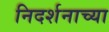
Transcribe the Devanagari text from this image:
निदर्शनाच्या